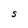
Character: S